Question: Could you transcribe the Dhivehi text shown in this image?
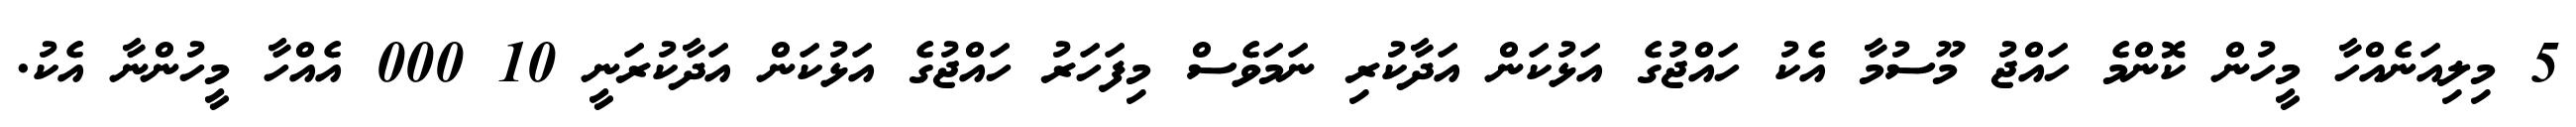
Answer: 5 މިލިއަނެއްހާ މީހުން ކޮންމެ ހައްޖު މޫސުމާ އެކު ހައްޖުގެ އަޅުކަން އަދާކުރި ނަމަވެސް މިފަހަރު ހައްޖުގެ އަޅުކަން އަދާކުރަނީ 10 000 އެއްހާ މީހުންނާ އެކު.